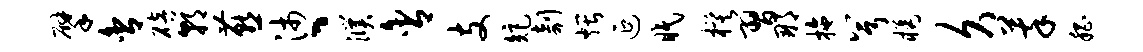
擘舍碚朝燕沛丶濮含支矩剞煨延眠模习那拖兮橘久萃嵇